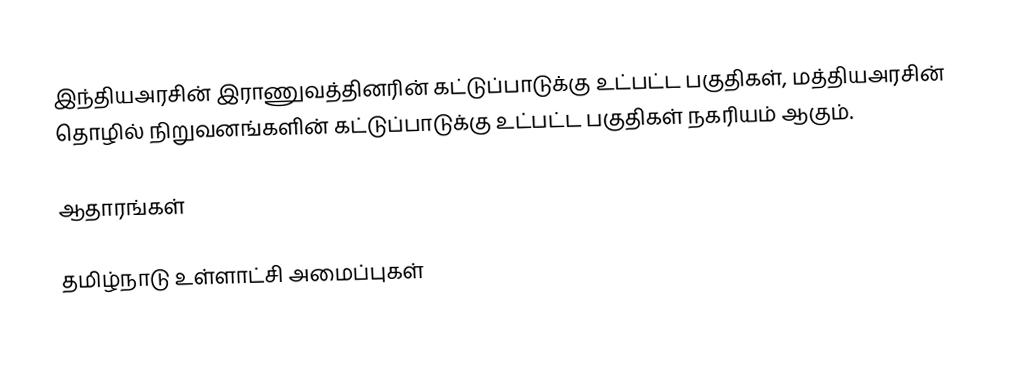
இந்தியஅரசின் இராணுவத்தினரின் கட்டுப்பாடுக்கு உட்பட்ட பகுதிகள், மத்தியஅரசின் தொழில் நிறுவனங்களின் கட்டுப்பாடுக்கு உட்பட்ட பகுதிகள் நகரியம் ஆகும்.

ஆதாரங்கள்

தமிழ்நாடு உள்ளாட்சி அமைப்புகள்